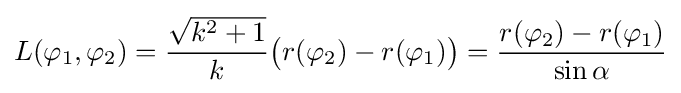
L(\varphi _{1},\varphi _{2})={\frac {\sqrt {k^{2}+1}}{k}}{\big (}r(\varphi _{2})-r(\varphi _{1}){\big )}={\frac {r(\varphi _{2})-r(\varphi _{1})}{\sin \alpha }}